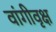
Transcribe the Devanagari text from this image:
वांगीवृक्ष